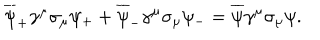
LaTeX: \overline { { { \psi } } } _ { + } \gamma ^ { \mu } \sigma _ { \mu } \psi _ { + } + \overline { { { \psi } } } _ { - } \gamma ^ { \mu } \sigma _ { \mu } \psi _ { - } = \overline { { { \psi } } } \gamma ^ { \mu } \sigma _ { \mu } \psi .